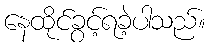
နေထိုင်ခွင့်ရခဲ့ပါသည်။